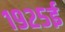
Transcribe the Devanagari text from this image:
१९२५ई